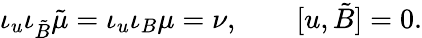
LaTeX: \iota_{u}\iota_{{\tilde{B}}}{\tilde{\mu}}=\iota_{u}\iota_{B}\mu=\nu,\qquad[u,{\tilde{B}}]=0.